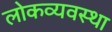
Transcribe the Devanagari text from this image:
लोकव्यवस्था